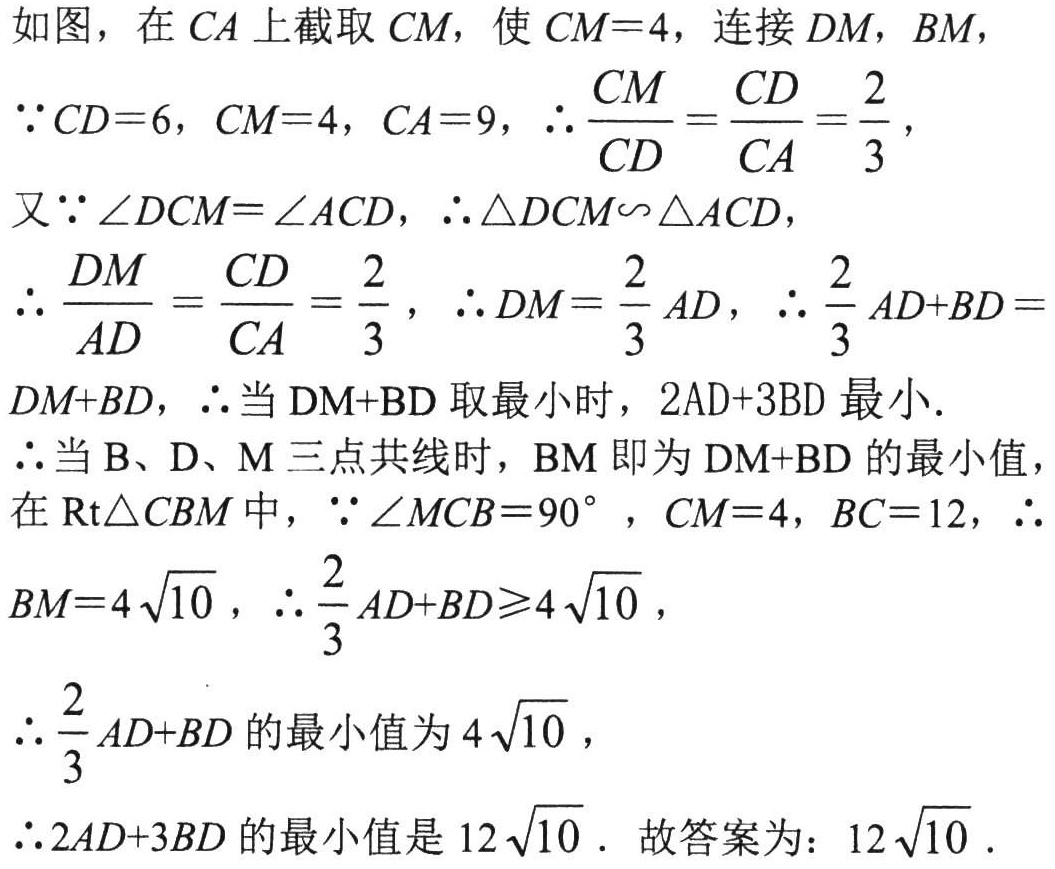
如图，在 \(CA\) 上截取 \(CM\)，使 \(CM = 4\)，连接 \(DM\)，\(BM\)，
\(\because CD = 6\)，\(CM = 4\)，\(CA = 9\)，\(\therefore\frac{CM}{CD}=\frac{CD}{CA}=\frac{2}{3}\)，
又\(\because\angle DCM=\angle ACD\)，\(\therefore\triangle DCM\sim\triangle ACD\)，
\(\therefore\frac{DM}{AD}=\frac{CD}{CA}=\frac{2}{3}\)，\(\therefore DM=\frac{2}{3}AD\)，\(\therefore\frac{2}{3}AD + BD=DM + BD\)，\(\therefore\)当 \(\mathrm{DM}+\mathrm{BD}\) 取最小时，\(2\mathrm{AD}+3\mathrm{BD}\) 最小.
\(\therefore\)当 \(\mathrm{B}\)、\(\mathrm{D}\)、\(\mathrm{M}\) 三点共线时，\(\mathrm{BM}\) 即为 \(\mathrm{DM}+\mathrm{BD}\) 的最小值，
在 \(\mathrm{Rt}\triangle CBM\) 中，\(\because\angle MCB = 90^{\circ}\) ，\(CM = 4\)，\(BC = 12\)，\(\therefore\)
\(BM = 4\sqrt{10}\) ，\(\therefore\frac{2}{3}AD + BD\geqslant4\sqrt{10}\)，
\(\therefore\frac{2}{3}AD + BD\) 的最小值为 \(4\sqrt{10}\)，
\(\therefore2AD + 3BD\) 的最小值是 \(12\sqrt{10}\) . 故答案为：\(12\sqrt{10}\) .